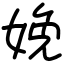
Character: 娩